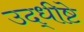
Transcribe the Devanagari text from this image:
उद्धीष्टे